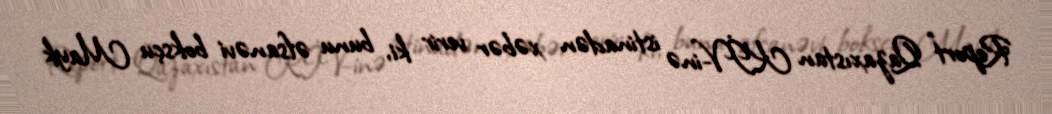
Report" Qazaxıstan KİV-inə istinadən xəbər verir ki, bunu əfsanəvi boksçu Mayk